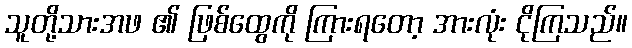
သူတို့သားအဖ ၏ ဖြစ်ထွေကို ကြားရတော့ အားလုံး ငိုကြသည်။